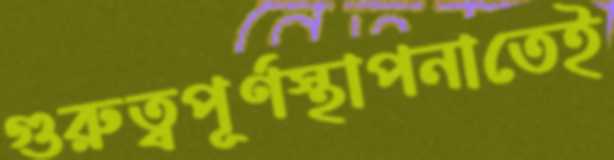
গুরুত্বপূর্ণস্থাপনাতেই